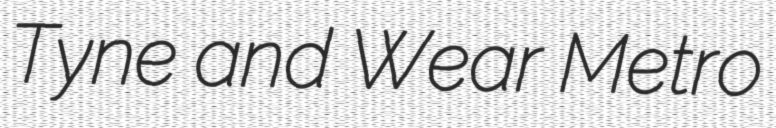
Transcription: Tyne and Wear Metro